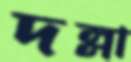
দল্লা